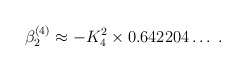
\begin{align*}\beta_2^{(4)} \approx - K_4^2 \times 0.642204 \ldots \; .\end{align*}